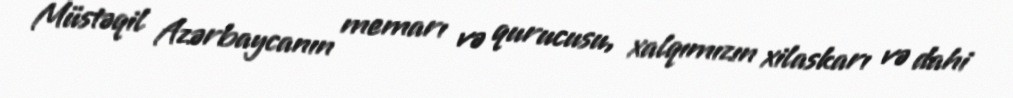
Müstəqil Azərbaycanın memarı və qurucusu, xalqımızın xilaskarı və dahi